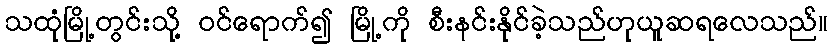
သထုံမြို့တွင်းသို့ ဝင်ရောက်၍ မြို့ကို စီးနင်းနိုင်ခဲ့သည်ဟုယူဆရလေသည်။